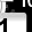
Digit: 1